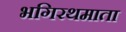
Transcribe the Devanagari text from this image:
भगिरथमाता